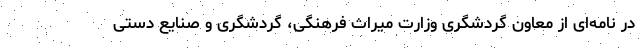
در نامه‌ای از معاون گردشگری وزارت میراث فرهنگی، گردشگری و صنایع دستی